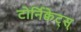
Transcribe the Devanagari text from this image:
टोर्निक्वेट्स्